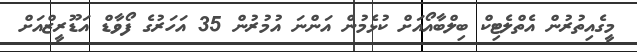
މީގެއިތުރުން އެތްލެޓިކް ބިލްބާއޯއަށް ކުޅެމުން އަންނަ އުމުރުން 35 އަހަރުގެ ފޯވާޑް އަޑޫރީޒްއަށް